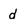
Character: d